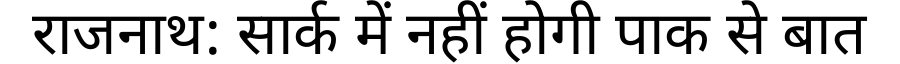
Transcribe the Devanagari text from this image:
राजनाथ: सार्क में नहीं होगी पाक से बात